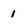
Character: 1